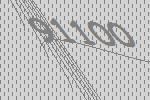
91100